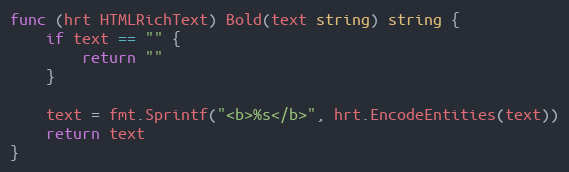
Language: Go
func (hrt HTMLRichText) Bold(text string) string {
	if text == "" {
		return ""
	}

	text = fmt.Sprintf("<b>%s</b>", hrt.EncodeEntities(text))
	return text
}